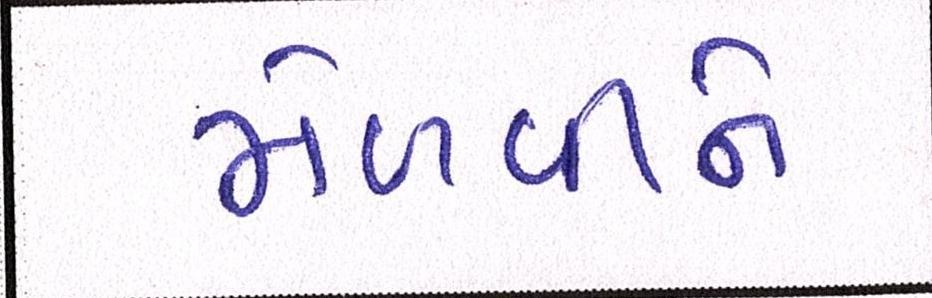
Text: મેળવીને